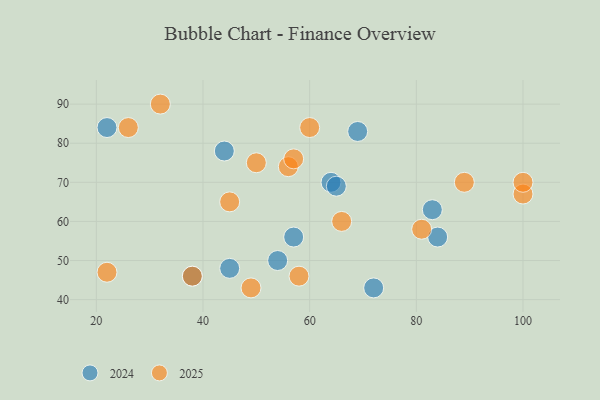
{"axis": {"x": "GDP", "y": "Life Expectancy"}, "legend": ["2024", "2025"], "data": [{"x": "32", "y": 90, "type": "2025"}, {"x": "26", "y": 84, "type": "2025"}, {"x": "60", "y": 84, "type": "2025"}, {"x": "58", "y": 46, "type": "2025"}, {"x": "45", "y": 65, "type": "2025"}, {"x": "89", "y": 70, "type": "2025"}, {"x": "50", "y": 75, "type": "2025"}, {"x": "81", "y": 58, "type": "2025"}, {"x": "56", "y": 74, "type": "2025"}, {"x": "66", "y": 60, "type": "2025"}, {"x": "22", "y": 47, "type": "2025"}, {"x": "49", "y": 43, "type": "2025"}, {"x": "38", "y": 46, "type": "2025"}, {"x": "100", "y": 67, "type": "2025"}, {"x": "100", "y": 70, "type": "2025"}, {"x": "57", "y": 76, "type": "2025"}, {"x": "45", "y": 48, "type": "2024"}, {"x": "84", "y": 56, "type": "2024"}, {"x": "38", "y": 46, "type": "2024"}, {"x": "64", "y": 70, "type": "2024"}, {"x": "57", "y": 56, "type": "2024"}, {"x": "44", "y": 78, "type": "2024"}, {"x": "65", "y": 69, "type": "2024"}, {"x": "69", "y": 83, "type": "2024"}, {"x": "72", "y": 43, "type": "2024"}, {"x": "54", "y": 50, "type": "2024"}, {"x": "22", "y": 84, "type": "2024"}, {"x": "83", "y": 63, "type": "2024"}]}